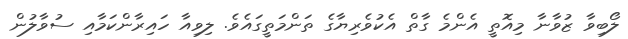
ލޯބިވާ ޒުވާނާ މިއޮތީ އެންމެ ގާތް އެކުވެރިޔާގެ ތަންމަތީގައެވެ. ލިވިއާ ހައިރާންކަމާއި ސުވާލުން